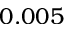
0 . 0 0 5